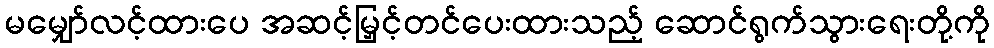
မမျှော်လင့်ထားပေ အဆင့်မြှင့်တင်ပေးထားသည့် ဆောင်ရွက်သွားရေးတို့ကို